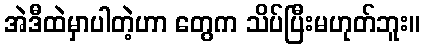
အဲဒီထဲမှာပါတဲ့ဟာ တွေက သိပ်ပြီးမဟုတ်ဘူး။